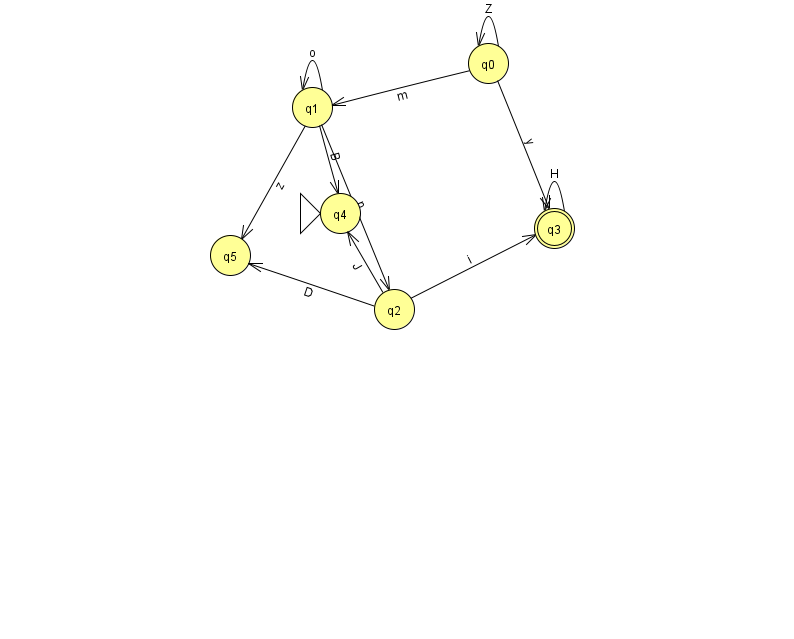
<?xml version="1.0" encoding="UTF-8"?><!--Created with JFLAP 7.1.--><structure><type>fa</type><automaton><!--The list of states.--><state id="0" name="q0"><x>488.0</x><y>50.0</y></state><state id="1" name="q1"><x>312.0</x><y>94.0</y></state><state id="2" name="q2"><x>394.0</x><y>296.0</y></state><state id="3" name="q3"><x>554.0</x><y>215.0</y><final/></state><state id="4" name="q4"><x>340.0</x><y>200.0</y><initial/></state><state id="5" name="q5"><x>230.0</x><y>242.0</y></state><!--The list of transitions.--><transition><from>0</from><to>3</to><read>y</read></transition><transition><from>1</from><to>5</to><read>z</read></transition><transition><from>2</from><to>5</to><read>D</read></transition><transition><from>3</from><to>3</to><read>H</read></transition><transition><from>0</from><to>0</to><read>Z</read></transition><transition><from>1</from><to>4</to><read>B</read></transition><transition><from>2</from><to>4</to><read>J</read></transition><transition><from>0</from><to>1</to><read>m</read></transition><transition><from>2</from><to>3</to><read>i</read></transition><transition><from>1</from><to>1</to><read>o</read></transition><transition><from>1</from><to>2</to><read>p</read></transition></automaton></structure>